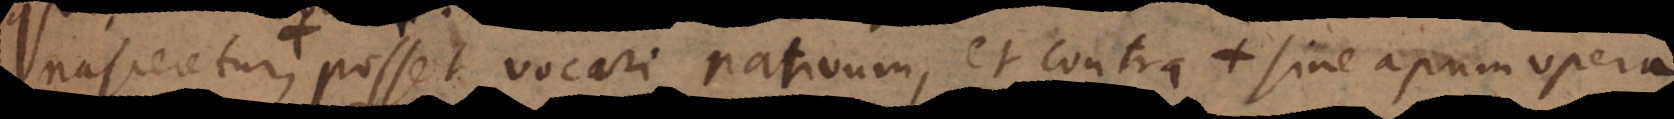
nasceretur , posset vocari nativum, et contra mel apum fa